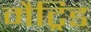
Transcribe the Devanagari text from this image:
मैट्रिड